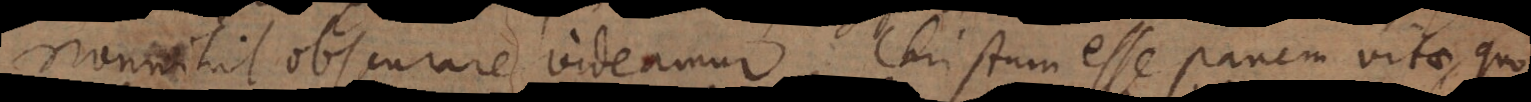
nonnihil obscurare videamur. Christum esse panem vitae, quo